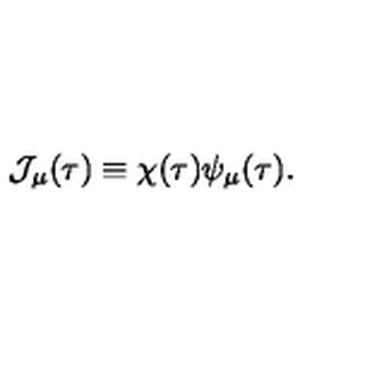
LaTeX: { \cal J } _ { \mu } ( \tau ) \equiv \chi ( \tau ) \psi _ { \mu } ( \tau ) .